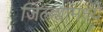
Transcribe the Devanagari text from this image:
जिल्‍ह्यामध्‍ये